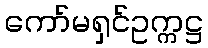
ကော်မရှင်ဥက္ကဋ္ဌ